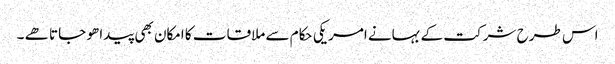
اس طرح شرکت کے بہانے امریکی حکام سے ملاقات کا امکان بھی پیدا ھو جاتا ھے ۔